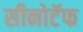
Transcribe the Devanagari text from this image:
सीनोटॅफ